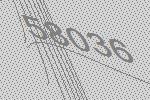
58036